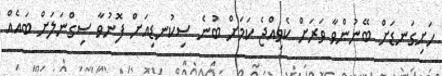
ހަށިގަނޑަށް ބޭނުންވާ ވަރަށް ކެވިއްޖެ ކަމަށް ބުނެ ސިކުނޑިއަށް ފޮނުވާ ސިގްނަލަށް ބައެއް